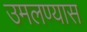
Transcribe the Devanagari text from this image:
उमलण्यास